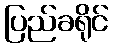
ပြည်ခရိုင်